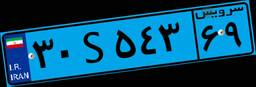
۳۰S۵۴۳۶۹